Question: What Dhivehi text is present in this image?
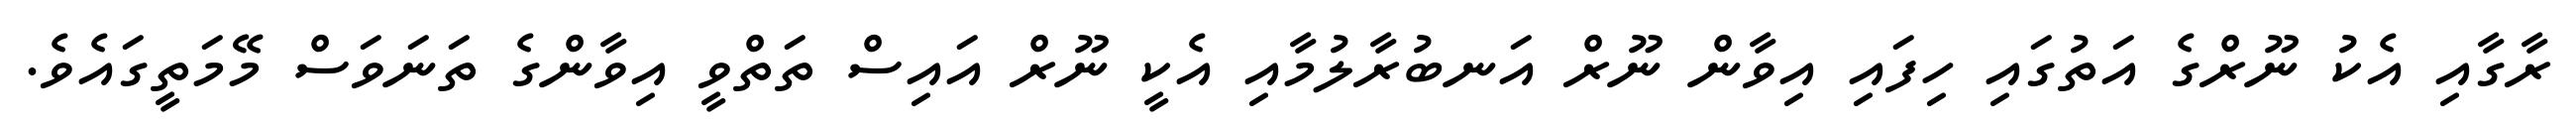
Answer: ރާގާއި އެކު ނޫރްގެ އަތުގައި ހިފައި އިވާން ނޫރް އަނބުރާލުމާއި އެކީ ނޫރް އައިސް ތަތްވީ އިވާންގެ ތަނަވަސް މޭމަތީގައެވެ.